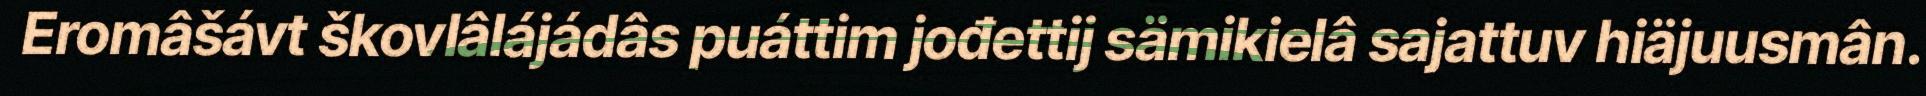
Eromâšávt škovlâlájádâs puáttim jođettij sämikielâ sajattuv hiäjuusmân.